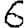
Digit: 6